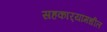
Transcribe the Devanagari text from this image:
सहकार्‍यांमधील